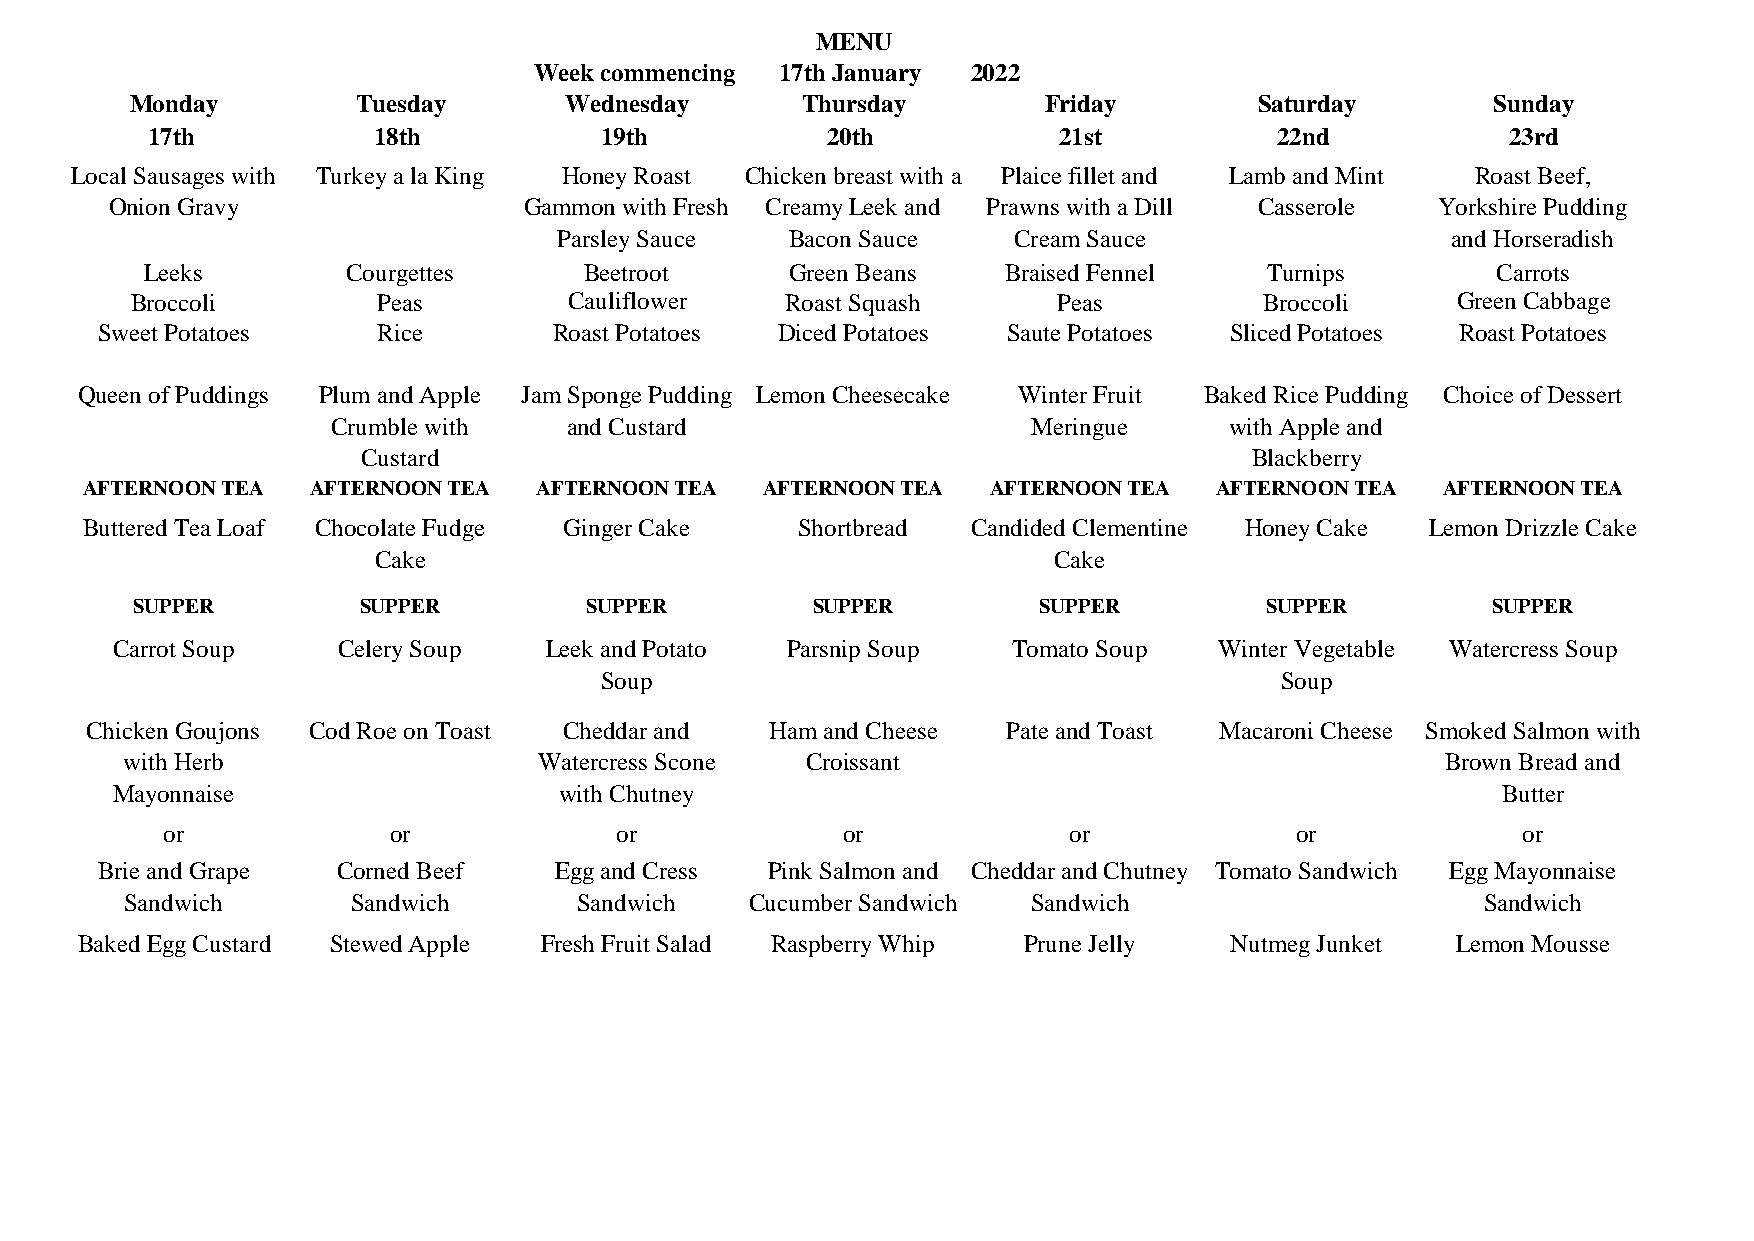
MENU
 Week commencing  17th January 2022
 Monday         Tuesday      Wednesday       Thursday        Friday        Saturday        Sunday
 17th           18th           19th           20th           21st           22nd           23rd
 Local Sausages with Turkey a la King Honey Roast Chicken breast with a Plaice fillet and Lamb and Mint Roast Beef,
 Onion Gravy                 Gammon with Fresh Creamy Leek and Prawns with a Dill Casserole Yorkshire Pudding
 Parsley Sauce  Bacon Sauce    Cream Sauce                  and Horseradish
 Leeks        Courgettes      Beetroot     Green Beans    Braised Fennel   Turnips        CSaarurocets
 Broccoli        Peas         Cauliflower   Roast Squash      Peas          Broccoli    Green Cabbage
 Sweet Potatoes     Rice        Roast Potatoes Diced Potatoes Saute Potatoes Sliced Potatoes Roast Potatoes
 Queen of Puddings Plum and Apple Jam Sponge Pudding Lemon Cheesecake Winter Fruit Baked Rice Pudding Choice of Dessert
 Crumble with    and Custard                   Meringue     with Apple and
 Custard                                                    Blackberry
 AFTERNOON TEA  AFTERNOON TEA  AFTERNOON TEA  AFTERNOON TEA  AFTERNOON TEA  AFTERNOON TEA  AFTERNOON TEA
 Buttered Tea Loaf Chocolate Fudge Ginger Cake   Shortbread Candided Clementine Honey Cake Lemon Drizzle Cake
 Cake                                         Cake
 SUPPER         SUPPER         SUPPER         SUPPER         SUPPER         SUPPER         SUPPER
 Carrot Soup    Celery Soup   Leek and Potato Parsnip Soup   Tomato Soup   Winter Vegetable Watercress Soup
 Soup                                         Soup
 Chicken Goujons Cod Roe on Toast Cheddar and Ham and Cheese  Pate and Toast Macaroni Cheese Smoked Salmon with
 with Herb                   Watercress Scone Croissant                                  Brown Bread and
 Mayonnaise                    with Chutney                                                  Butter
 or             or             or             or             or             or             or
 Brie and Grape  Corned Beef    Egg and Cress Pink Salmon and Cheddar and Chutney Tomato Sandwich Egg Mayonnaise
 Sandwich       Sandwich       Sandwich    Cucumber Sandwich Sandwich                      Sandwich
 Baked Egg Custard Stewed Apple Fresh Fruit Salad Raspberry Whip Prune Jelly Nutmeg Junket  Lemon Mousse